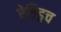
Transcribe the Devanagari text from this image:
ऐल्ड्रिच